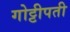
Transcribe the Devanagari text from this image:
गोट्टीपती